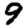
Digit: 9